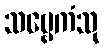
သဗ္ဗေကံသု